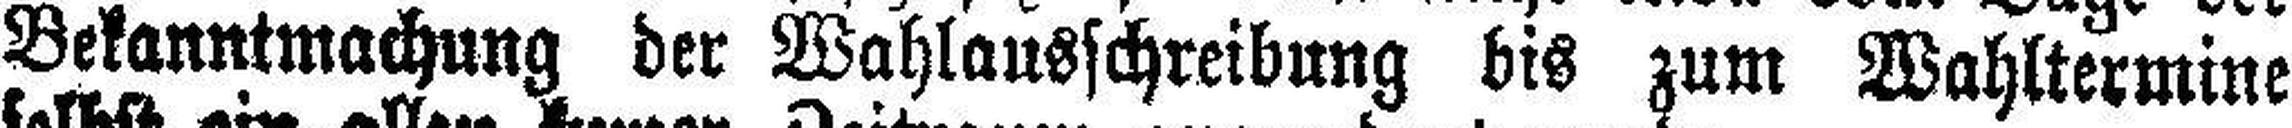
Bekanntmachung der Wahlausschreibung bis zum Wahltermine